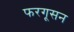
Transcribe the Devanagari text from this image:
फरगूसन